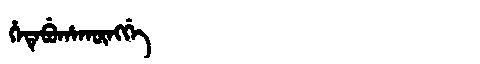
Manchu: ᡥᡝᡨᡝᠪᡠᡥᠠᡴᡡᠩᡤᡝ
Romanization: HETEBUHAKŪNGGE